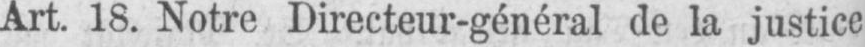
Art. 18. Notre Directeur-général de la justice